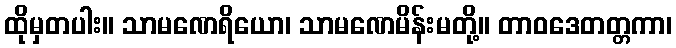
ထိုမှတပါး။ သာမဏေရိယော၊ သာမဏေမိန်းမတို့။ တာဝဒေတတ္တကာ၊